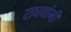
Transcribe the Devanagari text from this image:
राघवांनी